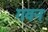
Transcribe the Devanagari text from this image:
गवन